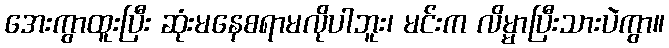
အေးကွာထူးပြီး ဆုံးမနေစရာမလိုပါဘူး၊ မင်းက လိမ္မာပြီးသားပဲကွာ။